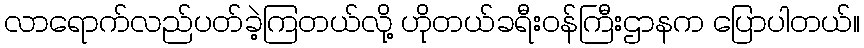
လာရောက်လည်ပတ်ခဲ့ကြတယ်လို့ ဟိုတယ်ခရီးဝန်ကြီးဌာနက ပြောပါတယ်။